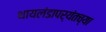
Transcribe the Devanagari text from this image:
थायलंडापर्यंतच्या